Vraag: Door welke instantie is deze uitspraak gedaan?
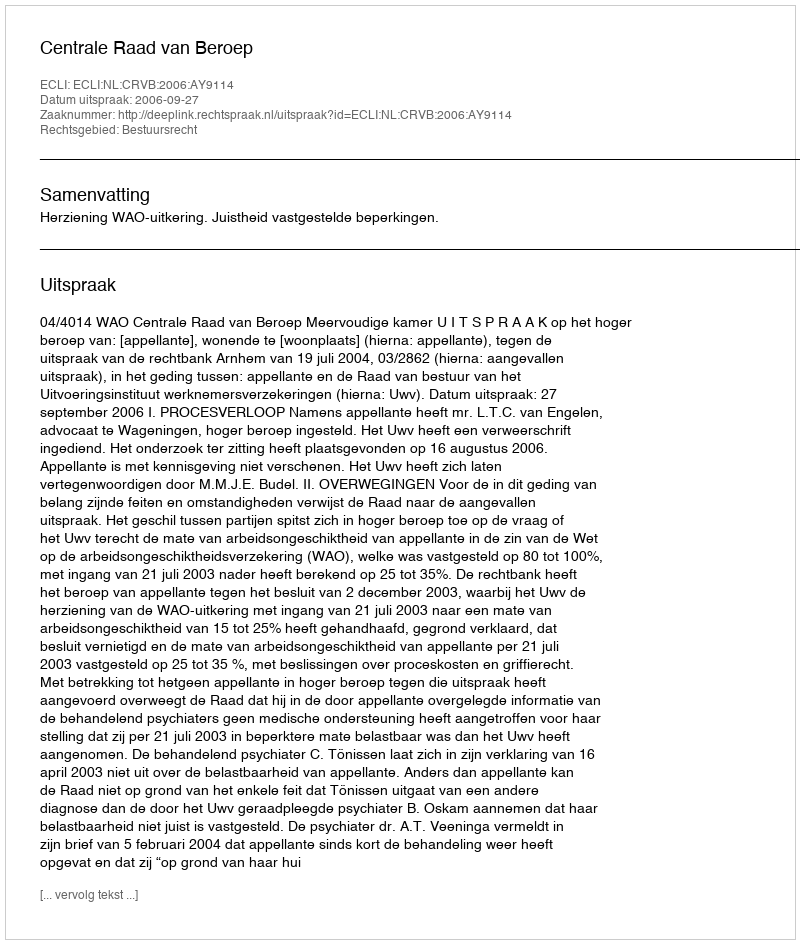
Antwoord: Centrale Raad van Beroep